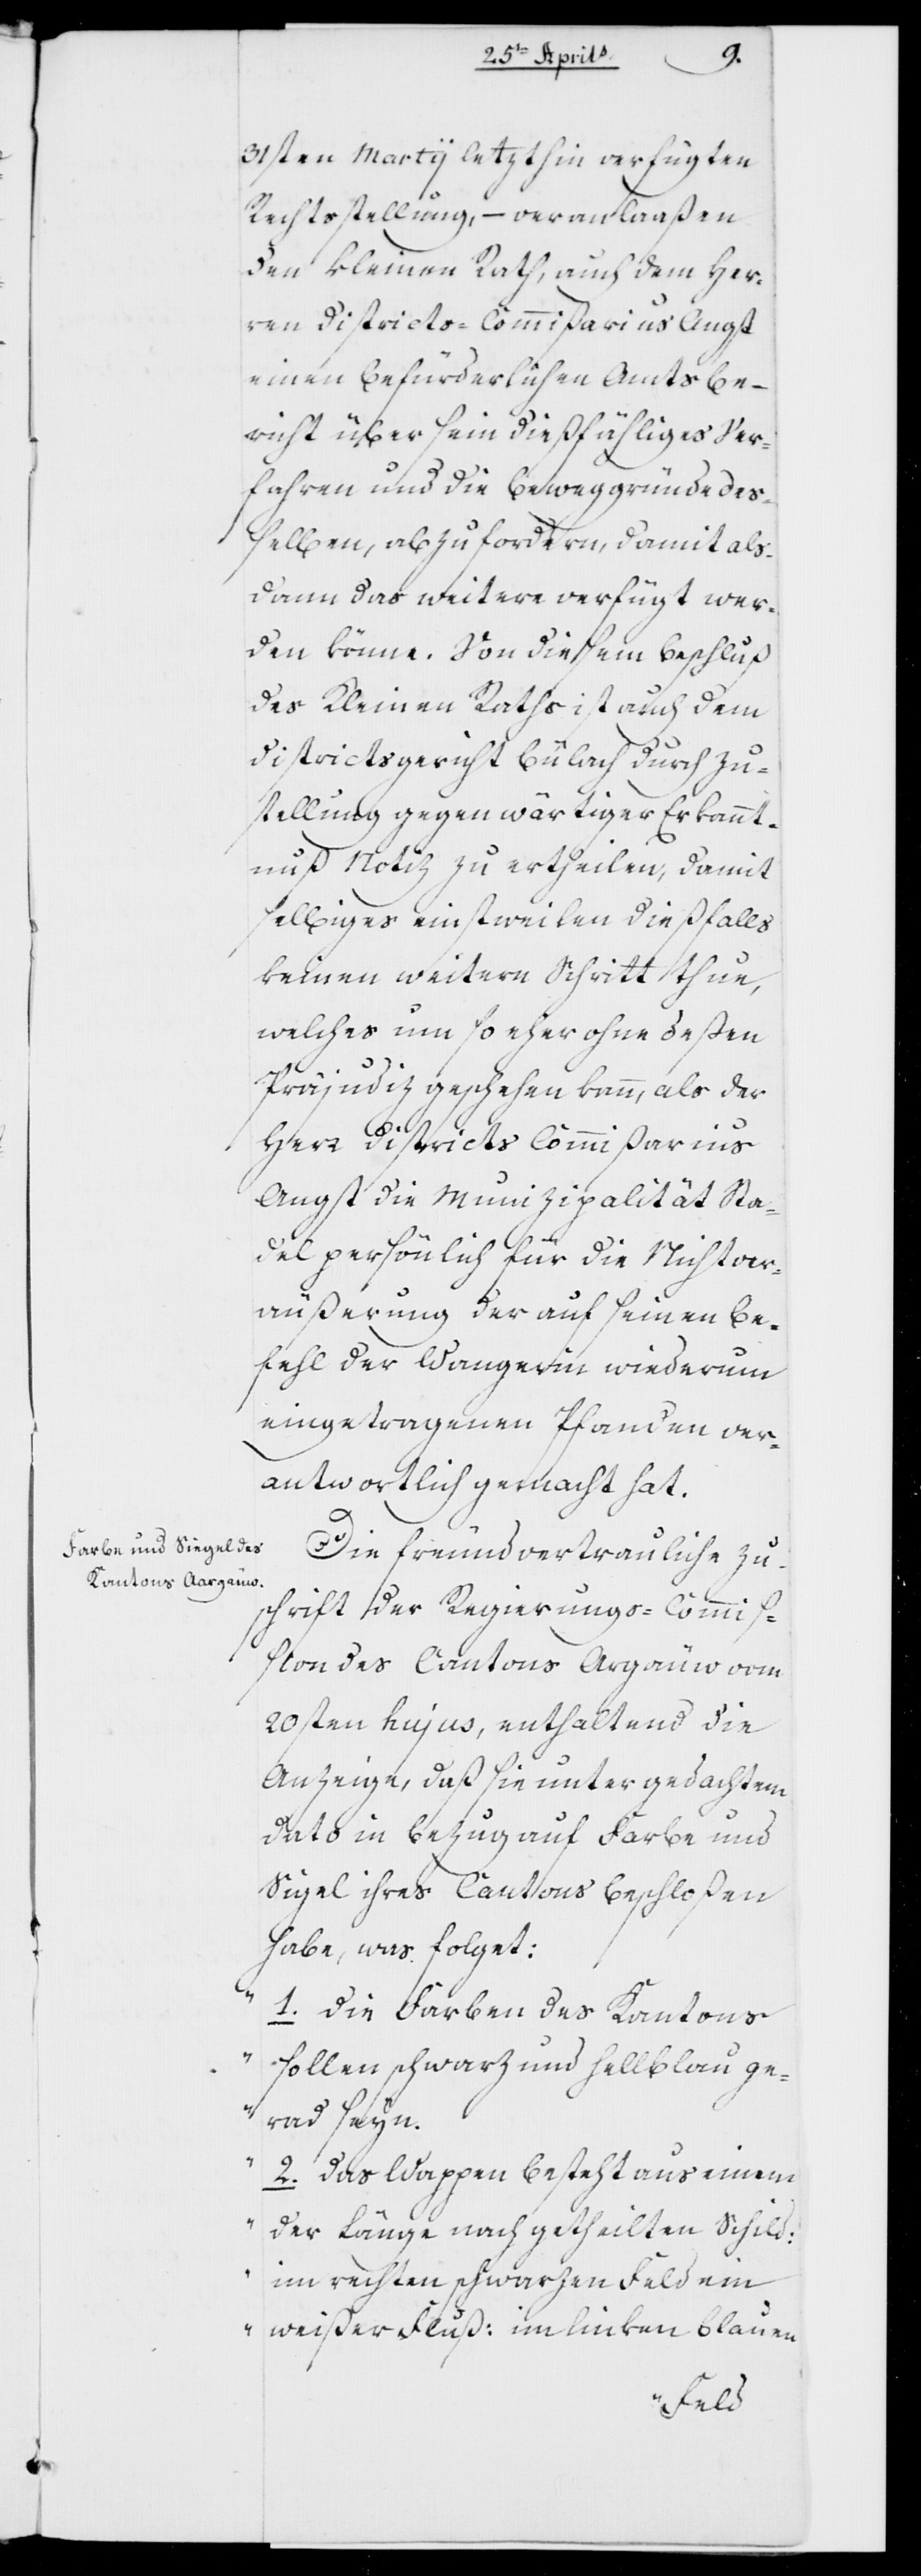
31sten Martii letzthin verfügten
Rechtsstellung, – veranlaaßen
den kleinen Rath, auch dem Her¬
ren Districts-Commißarius Angst
einen befürderlichen Amtsbe¬
richt über sein dießfälliges Ver¬
fahren und die Beweggründe deß¬
elben, abzufordern, damit als¬
dann das Weitere verfügt wer¬
den könne. Von diesem Beschluß
des Kleinen Raths ist auch dem
Districtsgericht Bülach durch Zu¬
stellung gegenwärtiger Erkannt¬
nuß Notiz zu ertheilen, damit
selbiges einstweilen dießfalls
keinen weitern Schritt thue,
welches umso eher ohne deßen
Präjudiz geschehen kann, als der
Herr Districts-Commißarius
Angst die Munizipalität Sta¬
del persönlich für die Nichtver¬
äußerung der auf seinen Be¬
fehl der Wangerin wiederum
eingetragenen Pfanden ver¬
antwortlich gemacht hat.
Die freundvertrauliche Zu¬
schrift der Regierungs-Commiß¬
ion des Kantons Aargäuw vom
20sten hujus, enthaltend die
Anzeige, daß sie unter gedachtem
Dato in Bezug auf Farbe und
Siegel ihres Kantons beschloßen
habe, was folget:
„1. Die Farben des Kantons
sollen schwarz und hellblau ge¬
rad seyn.
2. Das Wappen besteht aus einem
der Länge nach getheilten Schild,
im rechten schwarzen Feld ein
weißer Fluß, im linken blauen